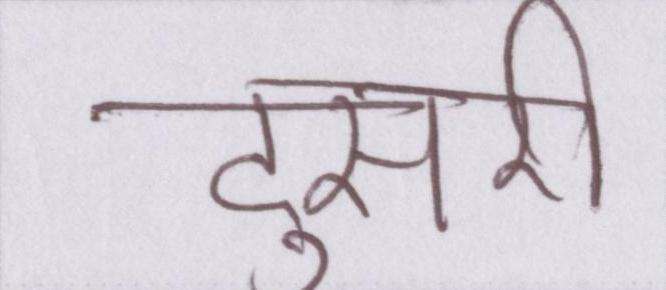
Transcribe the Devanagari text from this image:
दुसरी